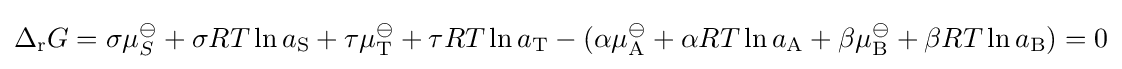
\Delta _{\mathrm {r} }G=\sigma \mu _{S}^{\ominus }+\sigma RT\ln a_{\mathrm {S} }+\tau \mu _{\mathrm {T} }^{\ominus }+\tau RT\ln a_{\mathrm {T} }-(\alpha \mu _{\mathrm {A} }^{\ominus }+\alpha RT\ln a_{\mathrm {A} }+\beta \mu _{\mathrm {B} }^{\ominus }+\beta RT\ln a_{\mathrm {B} })=0